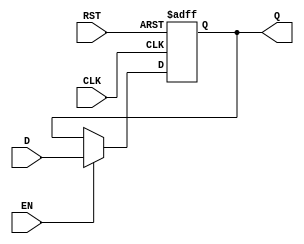
module ForwardingRegister (
    input wire [31:0] D,      // Current Data Input (32-bit)
    input wire EN,            // Forward Enable Signal
    input wire CLK,           // Clock Signal
    input wire RST,           // Reset Signal
    output reg [31:0] Q       // Forwarded Data Output
);

// Synchronous reset and data capturing
always @(posedge CLK or posedge RST) begin
    if (RST) begin
        Q <= 32'b0;           // Clear the register to zero on reset
    end else if (EN) begin
        Q <= D;               // Capture input data on rising edge of clock if EN is high
    end
    // If EN is low, Q retains its previous value
end

endmodule